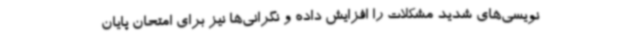
نویسی‌های شدید مشکلات را افزایش داده و نگرانی‌ها نیز برای امتحان پایان